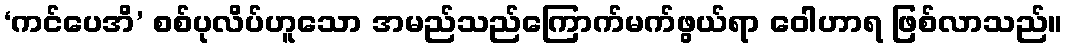
‘ကင်ပေအိ’ စစ်ပုလိပ်ဟူသော အမည်သည်ကြောက်မက်ဖွယ်ရာ ဝေါဟာရ ဖြစ်လာသည်။